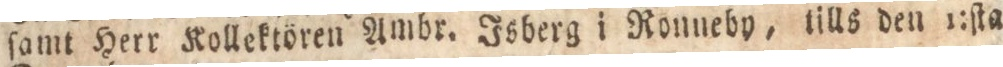
ſamt Herr Kollektören Ambr. Isberg i Ronneby, tills den 1:ſta